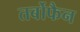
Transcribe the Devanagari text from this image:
तर्बोफैन